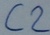
Text: C2